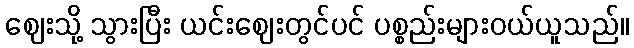
ဈေးသို့ သွားပြီး ယင်းဈေးတွင်ပင် ပစ္စည်းများဝယ်ယူသည်။